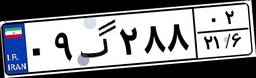
۵۵گ۴۰۲۴۷